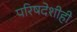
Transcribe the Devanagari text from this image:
परिषदेशीही